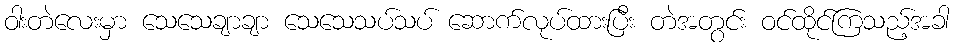
ဝါးတဲလေးမှာ သေသေချာချာ သေသေသပ်သပ် ဆောက်လုပ်ထားပြီး တဲအတွင်း ဝင်ထိုင်ကြသည့်အခါ